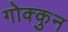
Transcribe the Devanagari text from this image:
गोक्कुन